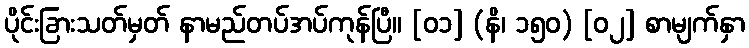
ပိုင်းခြားသတ်မှတ် နာမည်တပ်အပ်ကုန်ပြီ။ [၀၁] (နိ၊ ၁၅၀) [၀၂] စာမျက်နှာ